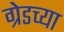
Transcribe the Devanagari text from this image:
ग्रेडच्या